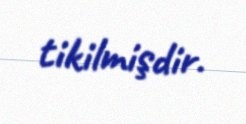
tikilmişdir.